NAE_ERA_R-46_Metsade_Keskvalitsus, lk 37
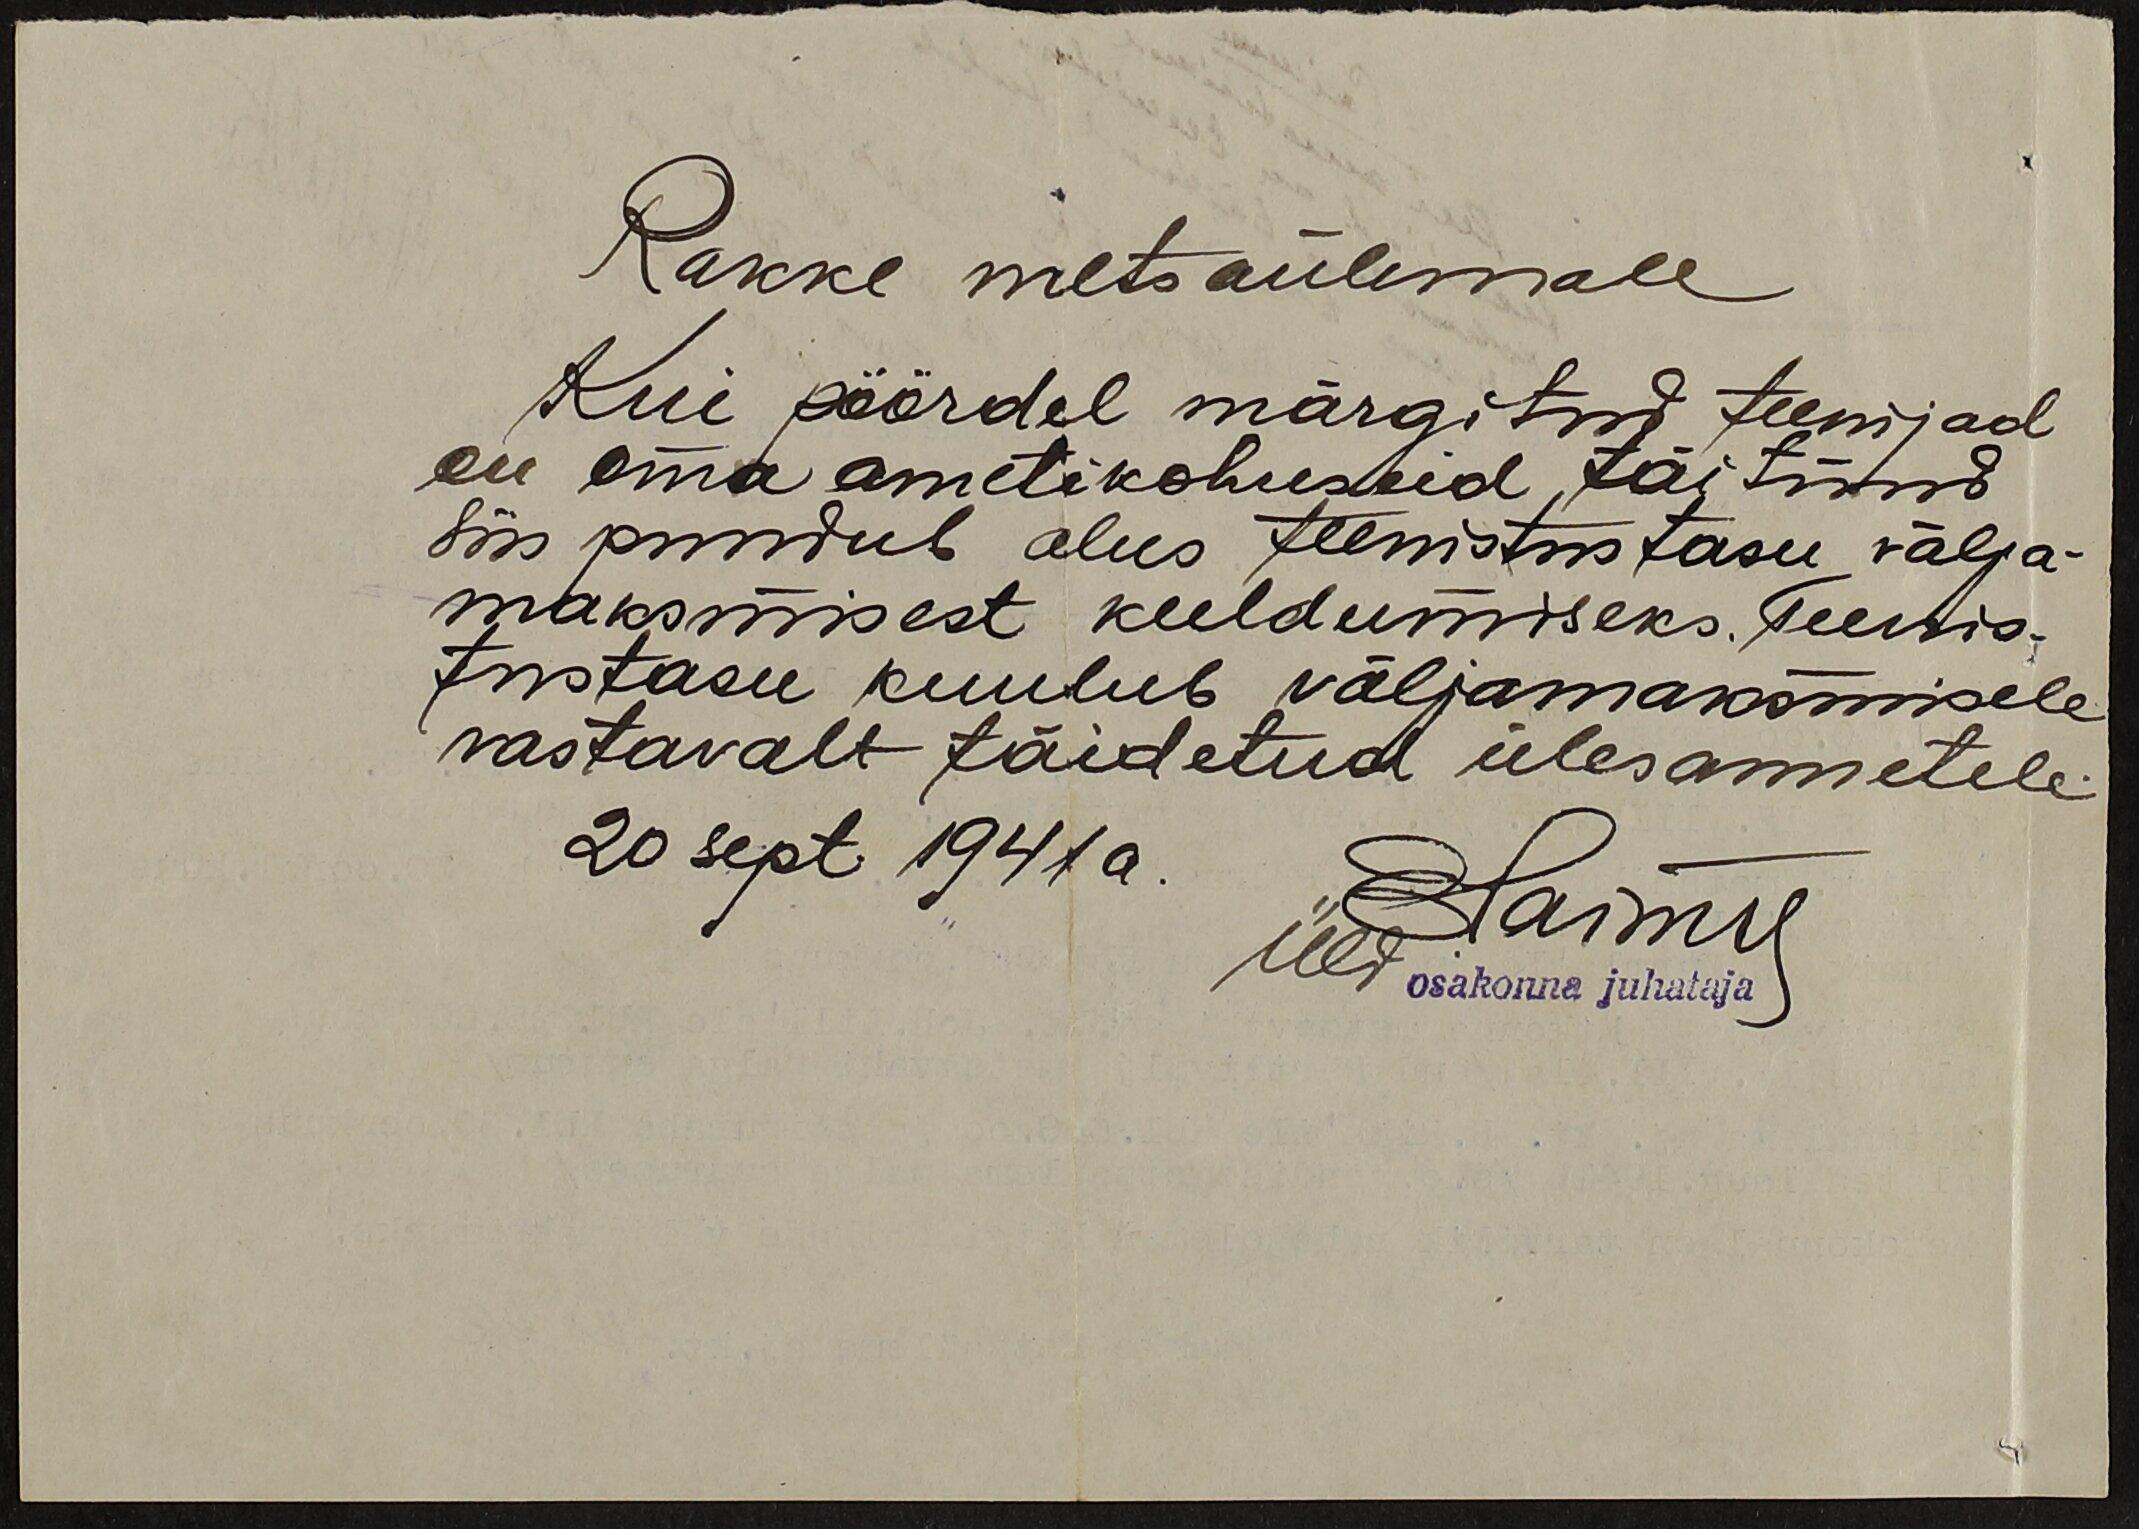
Rakke metsaülemale
Kui pöördel märgitud teenijad
on oma ametikohuseid täitnud
siis puudub alus teenistustasu välja-
maksmisest keeldumiseks. Teenis-
tustasu kuulub väljamaksmisele
vastavalt täidetud ülesannetele.
20 sept. 1941 a.
Üldosakonna juhataja